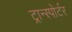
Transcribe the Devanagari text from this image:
ट्रान्स्पोर्टर